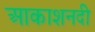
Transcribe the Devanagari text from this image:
आकाशनदी